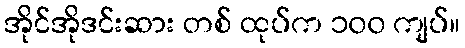
အိုင်အိုဒင်းဆား တစ် ထုပ်က ၁၀၀ ကျပ်။